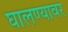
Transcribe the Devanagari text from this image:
घालण्यावर